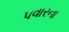
પવારના